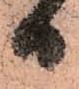
日